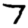
Digit: 7